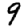
Digit: 9